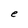
Character: e